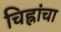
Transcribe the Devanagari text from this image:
चिह्नांचा